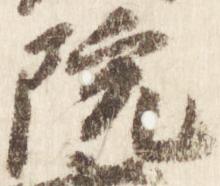
院